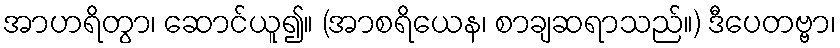
အာဟရိတွာ၊ ဆောင်ယူ၍။ (အာစရိယေန၊ စာချဆရာသည်။) ဒီပေတဗ္ဗာ၊